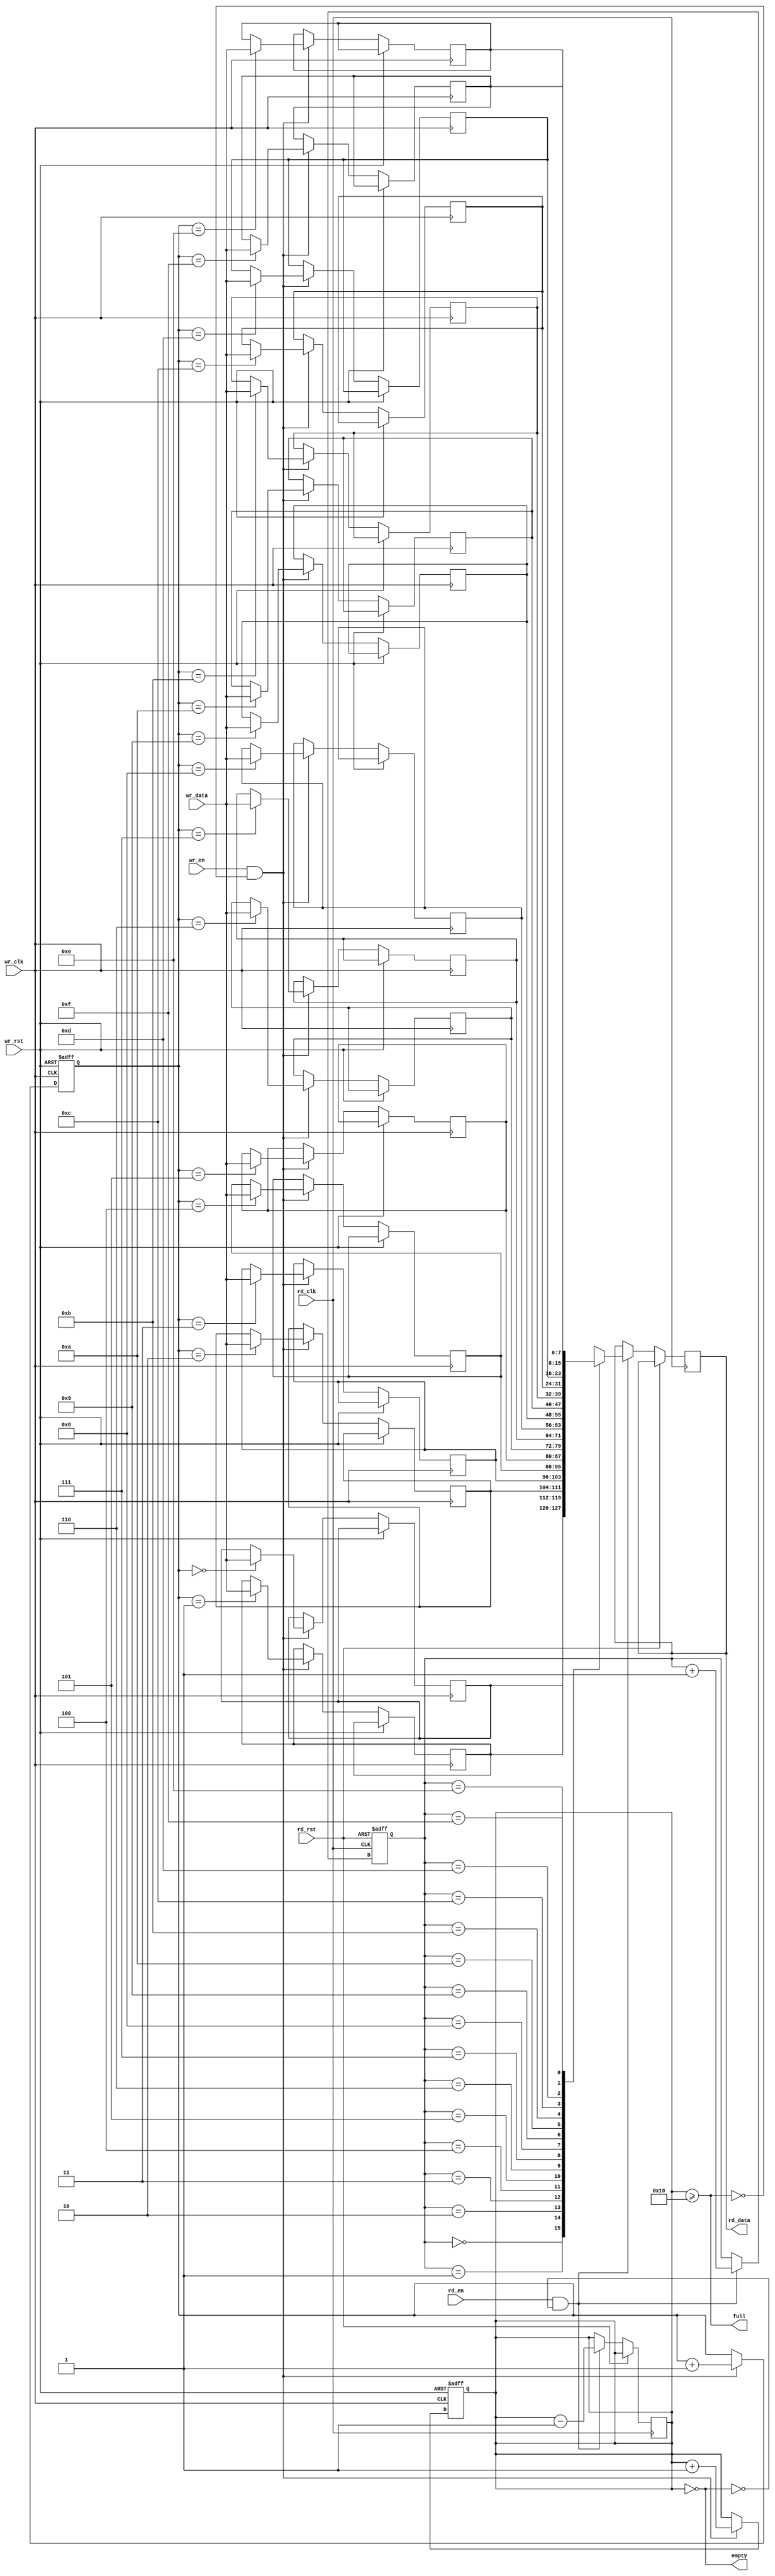
module async_fifo #(
    parameter DEPTH = 16, // FIFO Depth
    parameter WIDTH = 8    // Data Width
) (
    input wire wr_clk,              // Write Clock
    input wire wr_rst,              // Write Reset
    input wire [WIDTH-1:0] wr_data, // Write Data
    input wire wr_en,               // Write Enable
    output wire full,               // FIFO Full Flag
    
    input wire rd_clk,              // Read Clock
    input wire rd_rst,              // Read Reset
    output wire [WIDTH-1:0] rd_data, // Read Data
    input wire rd_en,               // Read Enable
    output wire empty               // FIFO Empty Flag
);
    
    // Memory declaration: dual-port RAM
    reg [WIDTH-1:0] mem [0:DEPTH-1];
    
    // Pointers and counters
    reg [3:0] wr_ptr, rd_ptr;      // Pointers for writing and reading
    reg [3:0] wr_ptr_gray, rd_ptr_gray; // Gray code pointers
    reg [4:0] count;               // Count of elements in FIFO
    
    // Synchronization registers
    reg [3:0] rd_ptr_gray_sync;    // Synchronized read pointer
    reg [3:0] wr_ptr_gray_sync;    // Synchronized write pointer

    // Write Logic
    always @(posedge wr_clk or posedge wr_rst) begin
        if (wr_rst) begin
            wr_ptr <= 0;
            count <= 0;
        end else if (wr_en && !full) begin
            mem[wr_ptr] <= wr_data;
            wr_ptr <= wr_ptr + 1;
            count <= count + 1;
        end
    end

    // Read Logic
    always @(posedge rd_clk or posedge rd_rst) begin
        if (rd_rst) begin
            rd_ptr <= 0;
        end else if (rd_en && !empty) begin
            rd_data <= mem[rd_ptr];
            rd_ptr <= rd_ptr + 1;
            count <= count - 1;
        end
    end

    // Full and Empty Flags
    assign full = (count >= DEPTH);
    assign empty = (count == 0);
    
    // Pointer management
    // Gray code encoder
    function [3:0] binary_to_gray;
        input [3:0] bin;
        begin
            binary_to_gray = {bin[3], bin[2] ^ bin[3], bin[1] ^ bin[2], bin[0] ^ bin[1]};
        end
    endfunction

    // Update Gray pointers
    always @(posedge wr_clk or posedge wr_rst) begin
        if (wr_rst) begin
            wr_ptr_gray <= 0;
        end else begin
            wr_ptr_gray <= binary_to_gray(wr_ptr);
        end
    end

    always @(posedge rd_clk or posedge rd_rst) begin
        if (rd_rst) begin
            rd_ptr_gray <= 0;
        end else begin
            rd_ptr_gray <= binary_to_gray(rd_ptr);
        end
    end

    // Synchronization
    always @(posedge rd_clk) begin
        rd_ptr_gray_sync <= wr_ptr_gray;
    end

    always @(posedge wr_clk) begin
        wr_ptr_gray_sync <= rd_ptr_gray;
    end

endmodule